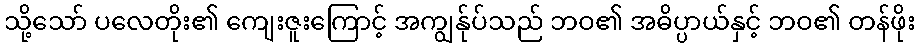
သို့သော် ပလေတိုး၏ ကျေးဇူးကြောင့် အကျွန်ုပ်သည် ဘဝ၏ အဓိပ္ပာယ်နှင့် ဘဝ၏ တန်ဖိုး